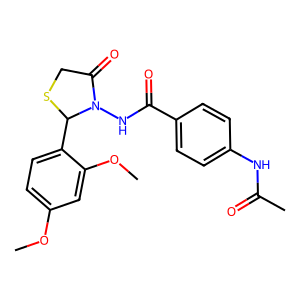
SMILES: COc1ccc(C2SCC(=O)N2NC(=O)c2ccc(NC(C)=O)cc2)c(OC)c1
Inhibits HIV replication: No